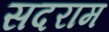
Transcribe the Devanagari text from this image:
सदराम